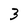
Character: 3